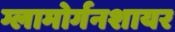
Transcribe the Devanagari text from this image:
ग्लामोर्गनशायर